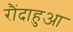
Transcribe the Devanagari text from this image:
रौंदाहुआ